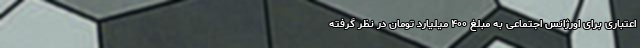
اعتباری برای اورژانس اجتماعی به مبلغ ۴۰۰ میلیارد تومان در نظر گرفته